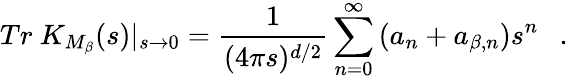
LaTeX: Tr~K_{M_{\beta}}(s)|_{s\rightarrow 0}={\frac{1}{(4\pi s)^{d/2}}}\sum_{n=0}^{\infty}\left(a_{n}+a_{\beta,n}\right)s^{n}~~~.